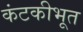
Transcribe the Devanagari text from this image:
कंटकीभूत